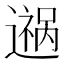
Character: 𬩎